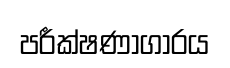
පරීක්ෂණාගාරය